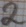
Text: 2